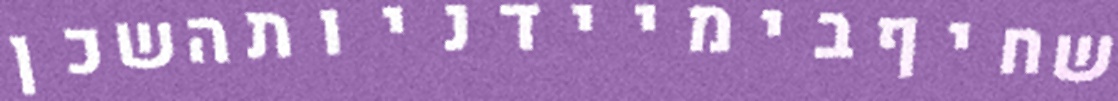
שחיףבימיידניותהשכן